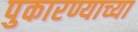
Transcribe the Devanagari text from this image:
पुकारण्याच्या